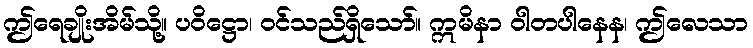
ဤရေချိုးအိမ်သို့။ ပဝိဋ္ဌော၊ ဝင်သည်ရှိသော်။ ဣမိနာ ဝါတပါနေန၊ ဤလေသာ